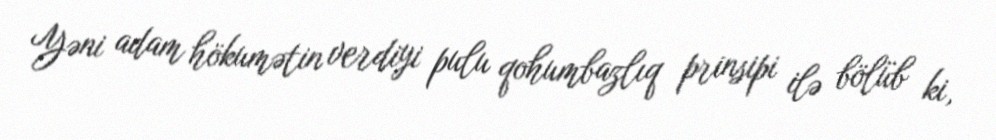
Yəni adam hökumətin verdiyi pulu qohumbazlıq prinsipi ilə bölüb ki,